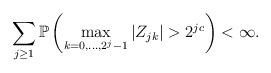
LaTeX: \begin{align*}\sum_{j\geq 1} \mathbb{P}\left( \max_{ k=0,...,2^{j}-1 } |Z_{jk}| > 2^{jc}\right) < \infty.\end{align*}